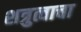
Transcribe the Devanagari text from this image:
शत्रुत्वाचा